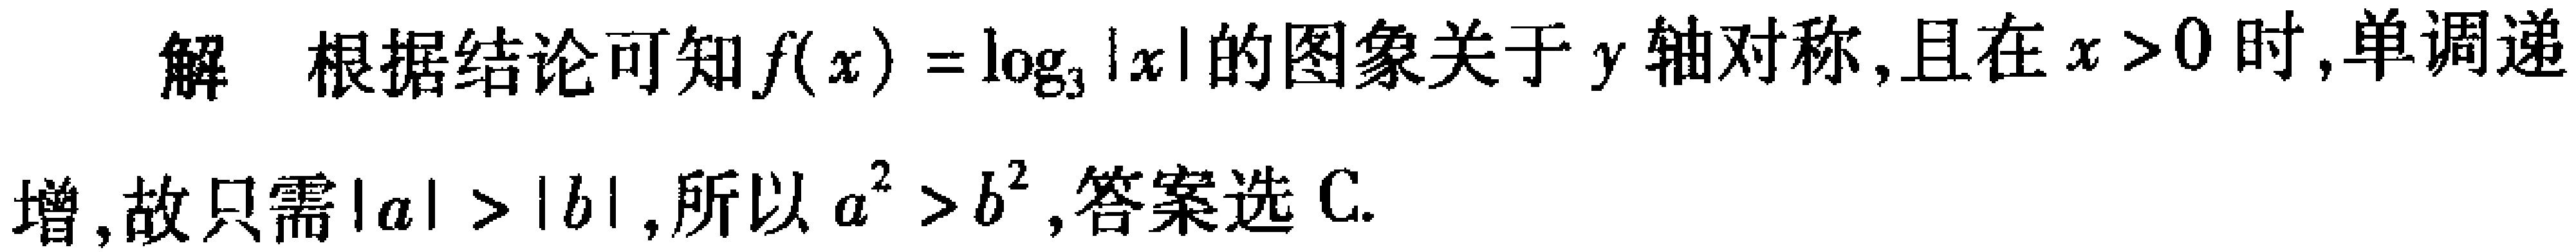
解 根据结论可知\(f(x)=\log_{3}|x|\)的图象关于\(y\)轴对称,且在\(x > 0\)时,单调递

增,故只需\(|a| > |b|\),所以\(a^{2} > b^{2}\),答案选C.